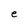
Character: e